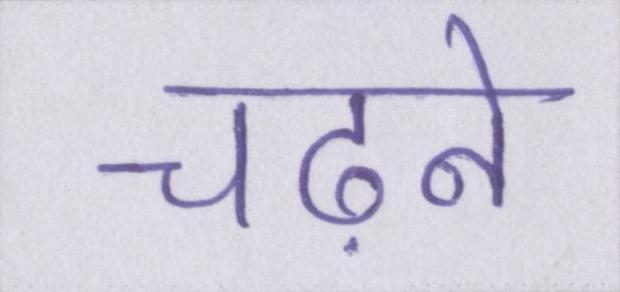
चढ़ने